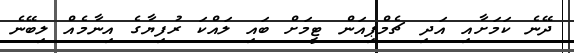
ދޭނެ ކަމަށާއި އަދި ޗެމްޕިއަން ޓީމަށް ބައި ލައްކަ ރުފިޔާގެ އިނާމެއް ލިބޭނެ